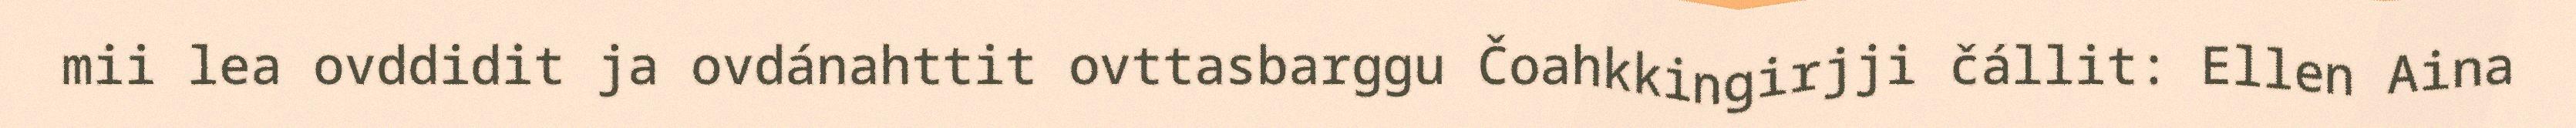
mii lea ovddidit ja ovdánahttit ovttasbarggu Čoahkkingirjji čállit: Ellen Aina